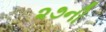
૨૭ની